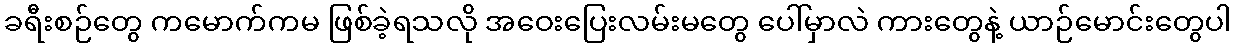
ခရီးစဉ်တွေ ကမောက်ကမ ဖြစ်ခဲ့ရသလို အဝေးပြေးလမ်းမတွေ ပေါ်မှာလဲ ကားတွေနဲ့ ယာဉ်မောင်းတွေပါ